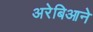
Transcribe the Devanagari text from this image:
अरेबिआने